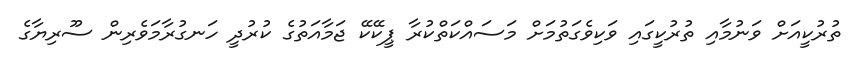
ތުރުކީއަށް ވަނުމާއި ތުރުކީގައި ވަކިވެގަތުމަށް މަސައްކަތްކުރާ ޕީކޭކޭ ޖަމާއަތުގެ ކުރުދީ ހަނގުރާމަވެރިން ސޫރިޔާގެ